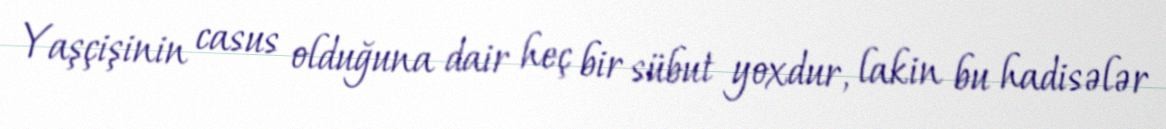
Yaşçişinin casus olduğuna dair heç bir sübut yoxdur, lakin bu hadisələr